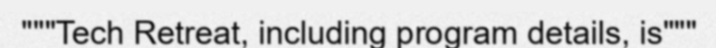
"""Tech Retreat, including program details, is"""